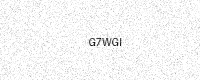
Text: G7WGI